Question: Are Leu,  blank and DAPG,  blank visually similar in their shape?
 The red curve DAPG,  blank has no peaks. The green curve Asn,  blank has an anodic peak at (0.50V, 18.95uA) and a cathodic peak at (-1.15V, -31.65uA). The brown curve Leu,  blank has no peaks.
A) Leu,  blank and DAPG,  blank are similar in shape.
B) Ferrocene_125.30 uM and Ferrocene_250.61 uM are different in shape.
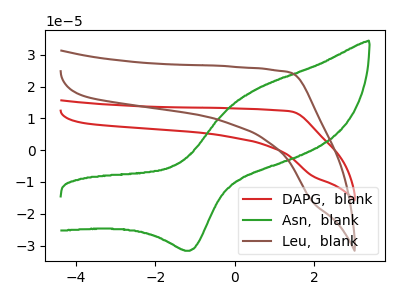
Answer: <think>Neither "Leu,  blank" or "DAPG,  blank" have any peaks.
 </think>
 <answer>A) "Leu,  blank" and "DAPG,  blank" are similar in shape.</answer>
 <eval>A</eval>